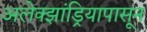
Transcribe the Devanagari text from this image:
अलेक्झांड्रियापासून